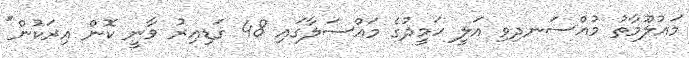
މައުލޫމާތު މުއްސަނދިވި އަލީ ހަމީދުގެ މައްސަލާގައި 48 ގަޑިއިރު ވާނީ ކޮން އިރަކުން"